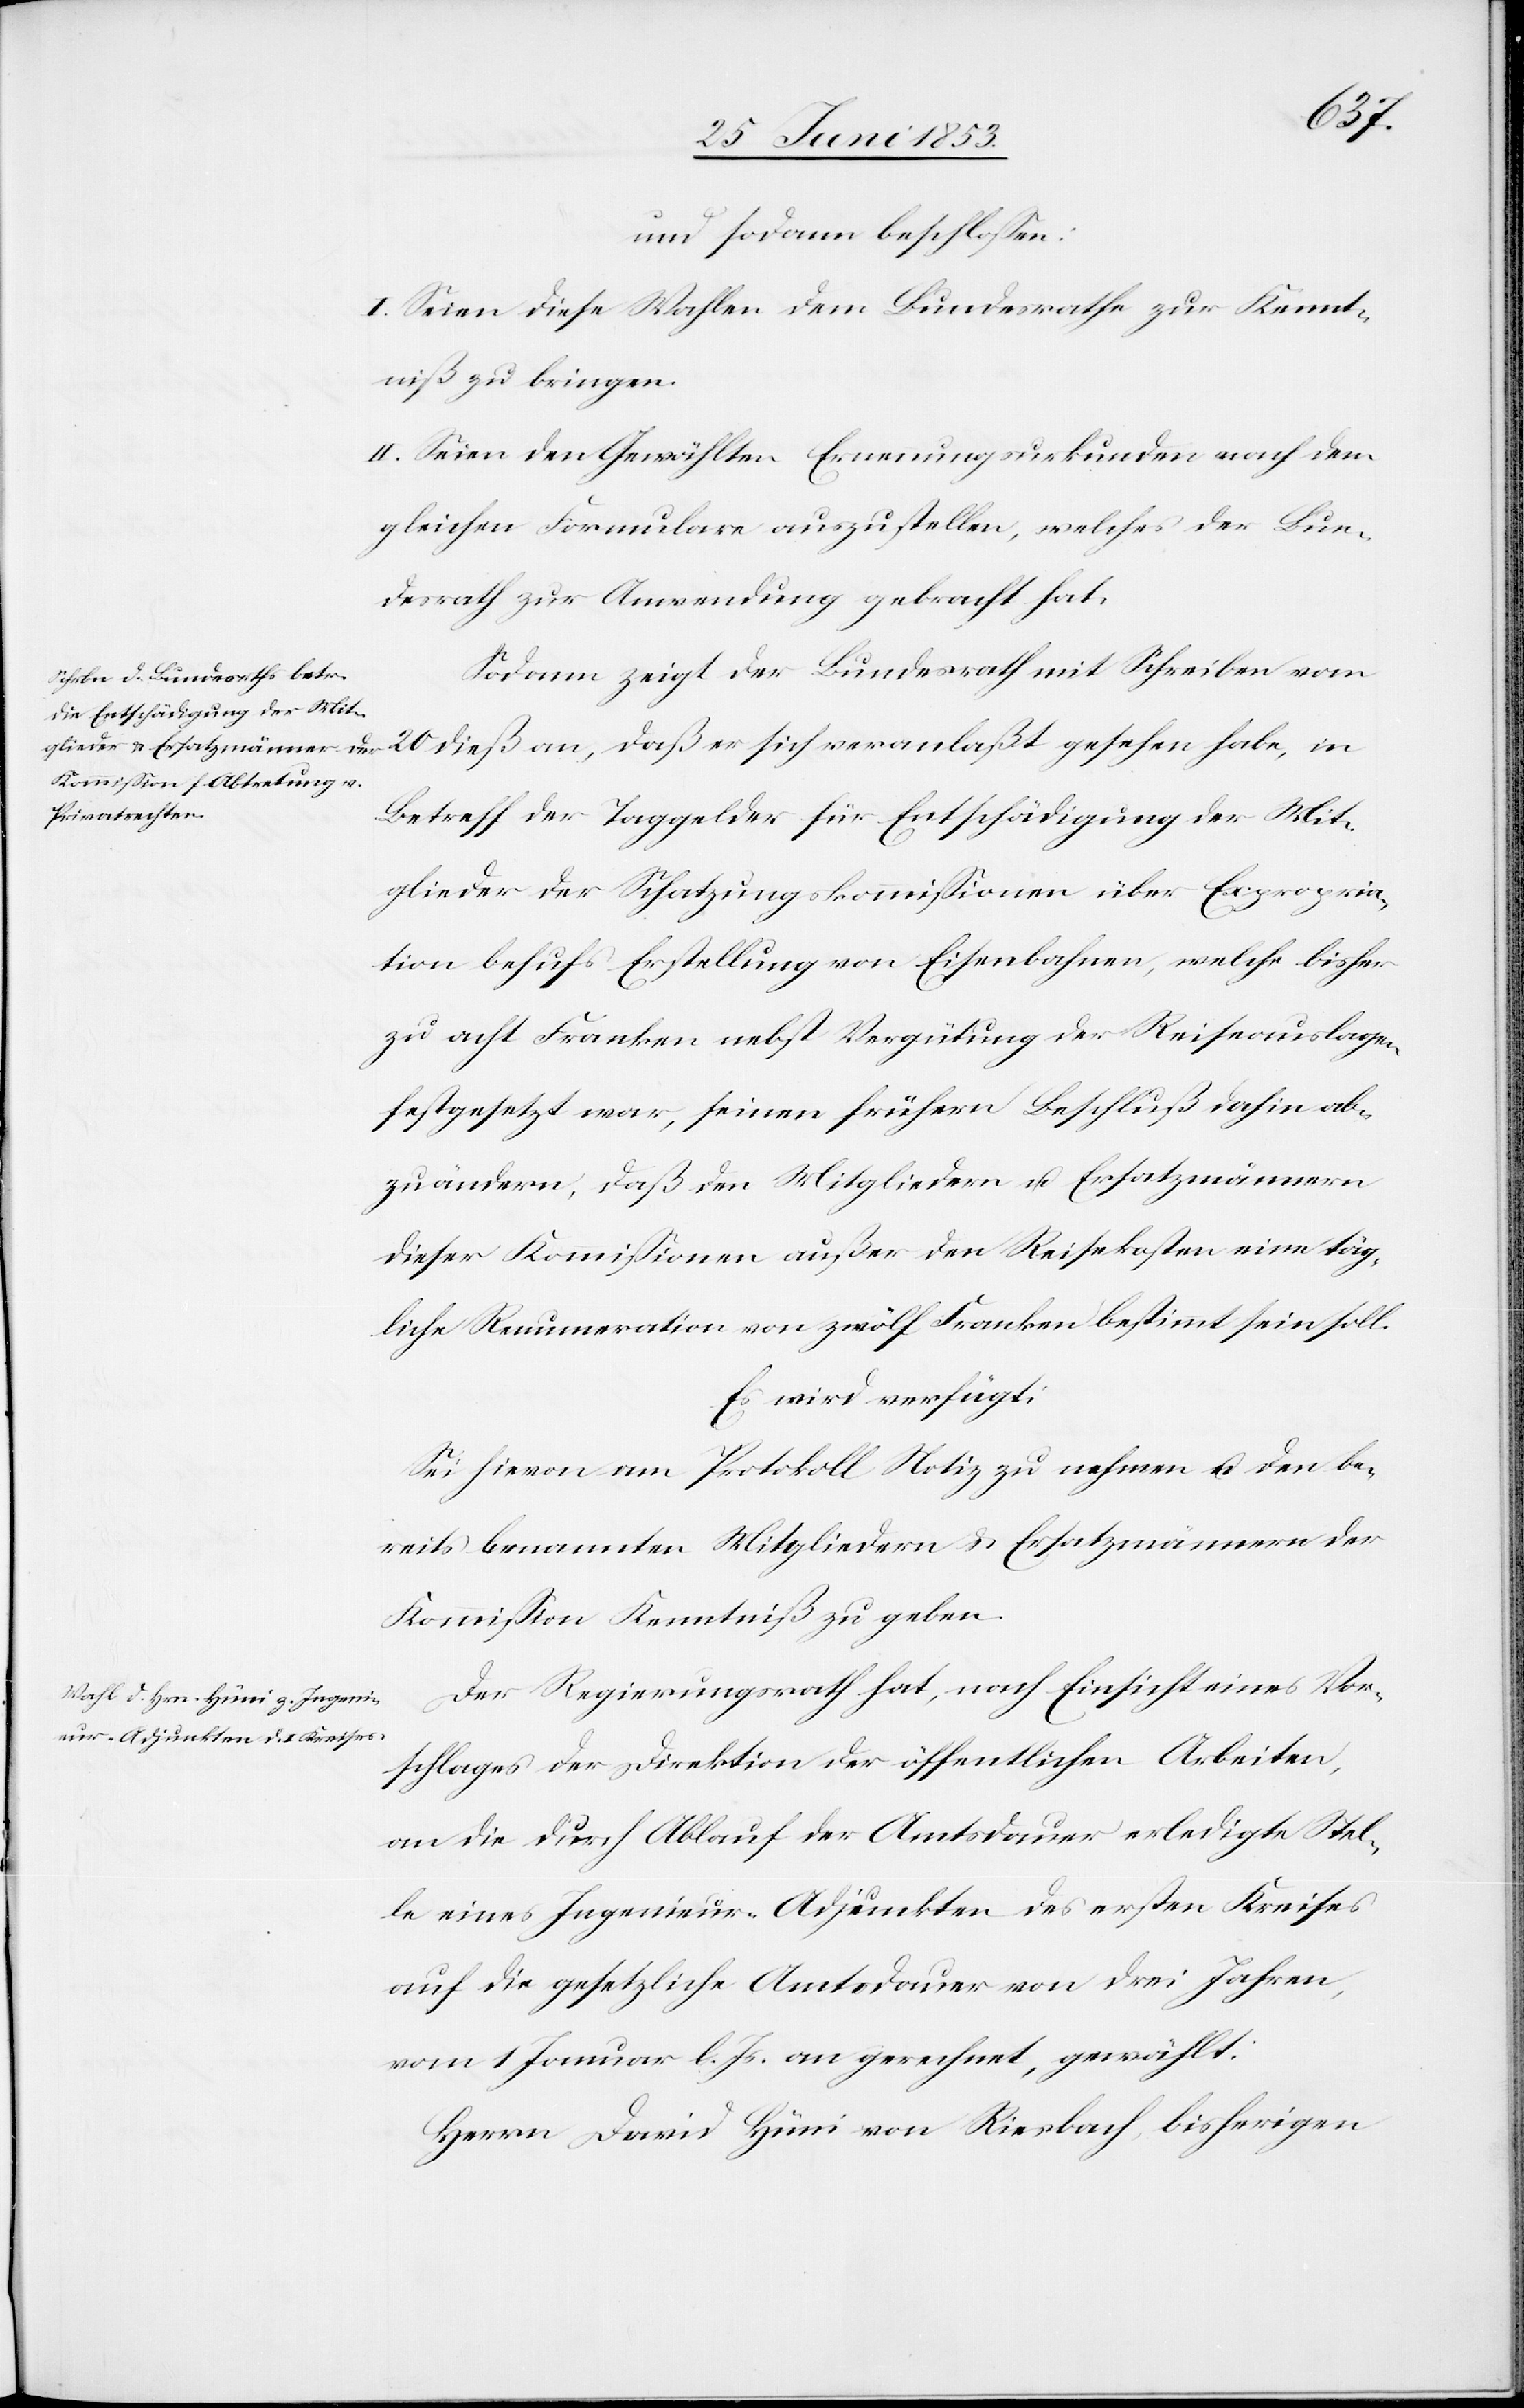
und sodann beschloßen:
I. Seien diese Wahlen dem Bundesrathe zur Kennt¬
niß zu bringen.
II. Seien den Gewählten Ernennungsurkunden nach dem
gleichen Formulare auszustellen, welches der Bun¬
desrath zur Anwendung gebracht hat.
Sodann zeigt der Bundesrath mit Schreiben vom
Betreff der Taggelder für Entschädigung der Mit¬
glieder der Schatzungskommißionen über Expropria¬
tion behufs Erstellung von Eisenbahnen, welche bisher
zu acht Franken nebst Vergütung der Reiseauslagen
festgesetzt war, seinen frühern Beschluß dahin ab¬
zuändern, daß den Mitgliedern u. Ersatzmännern
dieser Kommißionen außer den Reisekosten eine täg¬
liche Renumeration von zwölf Franken bestimmt sein soll.
Es wird verfügt:
Sei hievon am Protokoll Notiz zu nehmen u. den be¬
reits benannten Mitgliedern u. Ersatzmännern der
Kommißion Kenntniß zu geben.
Der Regierungsrath hat, nach Einsicht eines Vor¬
schlages der Direktion der öffentlichen Arbeiten,
an die durch Ablauf der Amtsdauer erledigte Stel¬
le eines Ingenieur-Adjunkten des ersten Kreises
auf die gesetzliche Amtsdauer von drei Jahren,
vom 1 Januar l. Js. an gerechnet, gewählt.
Herrn David Hüni von Riesbach, bisherigen